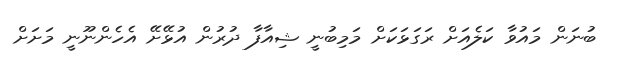
ބުނަން މައުވާ ކަލެއަށް ރަގަޅަކަށް މަމިބުނީ ޝިއާފާ ދުރުން އުޅޭށޭ އެހެންނޫނީ މަށަށް